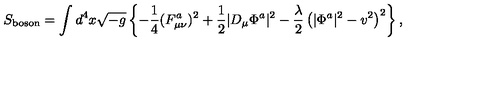
S _ { \mathrm { b o s o n } } = \int d ^ { 4 } x \sqrt { - g } \left\{ - \frac { 1 } { 4 } ( F _ { \mu \nu } ^ { a } ) ^ { 2 } + \frac { 1 } { 2 } \vert D _ { \mu } \Phi ^ { a } \vert ^ { 2 } - \frac { \lambda } { 2 } \left( \vert \Phi ^ { a } \vert ^ { 2 } - v ^ { 2 } \right) ^ { 2 } \right\} ,